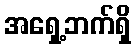
အရှေ့ဘက်ရှိ